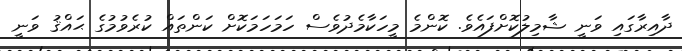
ދާއިރާގައި ވަނީ ޝާމިލުކޮށްފައެވެ. ކޮންމެ މީހަކާމެދުވެސް ހަމަހަމަކޮށް ކަންތައް ކުރެވުމުގެ ޙައްޤު ވަނީ